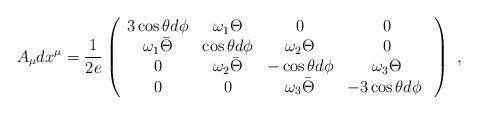
LaTeX: \begin{align*}A_{\mu} dx^\mu = \frac{1}{2e} \left( \begin{array}{cccc}3\cos\theta d\phi & \omega_1 \Theta & 0 & 0 \\\omega_1 \bar \Theta & \cos\theta d\phi & \omega_2 \Theta & 0 \\0 & \omega_2 \bar \Theta & -\cos\theta d\phi & \omega_3 \Theta \\0 & 0 & \omega_3 \bar \Theta & -3\cos\theta d\phi\ \end{array} \right)\ , \end{align*}